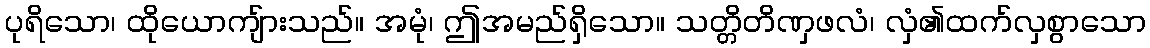
ပုရိသော၊ ထိုယောကျ်ားသည်။ အမုံ၊ ဤအမည်ရှိသော။ သတ္တိတိဏှဖလံ၊ လှံ၏ထက်လှစွာသော